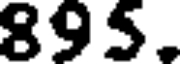
895.